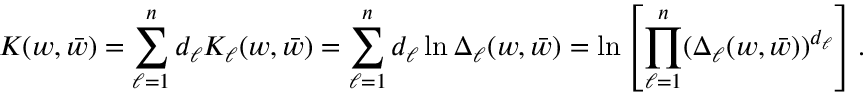
K ( w , \bar { w } ) = \sum _ { \ell = 1 } ^ { n } d _ { \ell } K _ { \ell } ( w , \bar { w } ) = \sum _ { \ell = 1 } ^ { n } d _ { \ell } \ln \Delta _ { \ell } ( w , \bar { w } ) = \ln \left[ \prod _ { \ell = 1 } ^ { n } ( \Delta _ { \ell } ( w , \bar { w } ) ) ^ { d _ { \ell } } \right] .